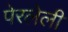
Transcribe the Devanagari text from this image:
पेरलेली